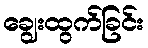
ချွေးထွက်ခြင်း